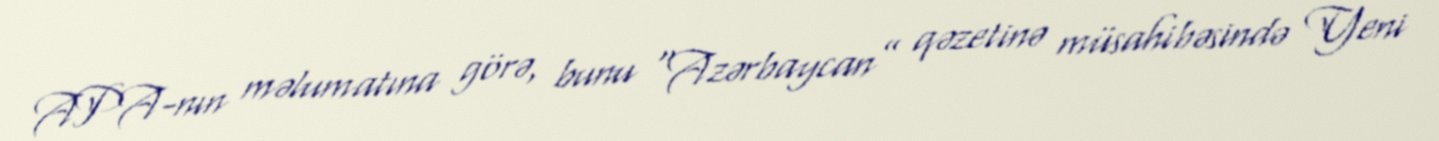
APA-nın məlumatına görə, bunu “Azərbaycan” qəzetinə müsahibəsində Yeni